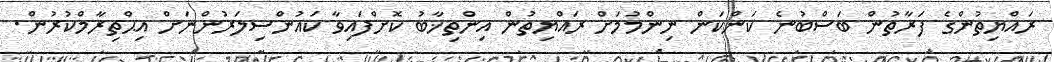
ރައްޔިތުންގެ ފަރާތުން ބަސްބުނެ ކަންކަން ނިންމުމަށް ރައްޔިތުން އިންތިޚާބު ކޮށްފައިވާ ކައުންސިލަރުންނަށް އިޙްތިރާމްކުރުން.